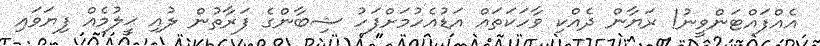
އެއްފައްޓަންވީނު! ރަޔާން ދެއްކި ވާހަކަތައް އަޑުއެހުމަށްފަހު ޝިބާންގެ ފަރާތުން ލުއި ޙީލުމެއް ފިޔަވައި